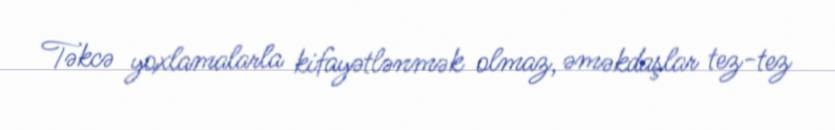
Təkcə yoxlamalarla kifayətlənmək olmaz, əməkdaşlar tez-tez